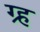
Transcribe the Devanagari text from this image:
ग्र्ह